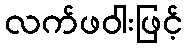
လက်ဖဝါးဖြင့်